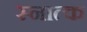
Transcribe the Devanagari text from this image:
स्नात्क